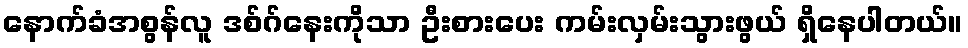
နောက်ခံအစွန်လူ ဒစ်ဂ်နေးကိုသာ ဦးစားပေး ကမ်းလှမ်းသွားဖွယ် ရှိနေပါတယ်။